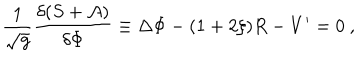
{ \frac { 1 } { \sqrt { g } } } { \frac { \delta ( S + { \cal A } ) } { \delta \Phi } } \equiv \Delta \Phi - ( 1 + 2 \xi ) R - V ^ { \prime } = 0 \ ,